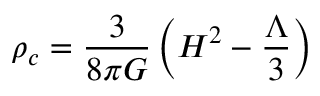
\rho _ { c } = \frac { 3 } { 8 \pi G } \left( H ^ { 2 } - \frac { \Lambda } { 3 } \right)